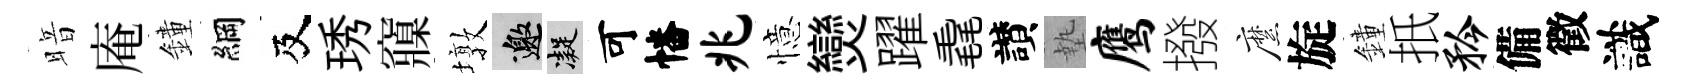
暗庵鐘綱及琇䆿墩邀凝可幡兆憶𤓖躍毳讃墊鹰撥縻旋鐘扺矜備徵識